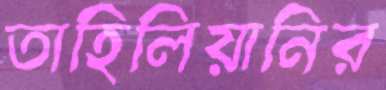
তাহিলিয়ানির